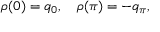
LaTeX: \rho ( 0 ) = q _ { 0 } , \quad \rho ( \pi ) = - q _ { \pi } ,